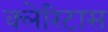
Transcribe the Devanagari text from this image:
क्लेरिटास